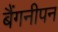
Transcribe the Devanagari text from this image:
बैंगनीपन